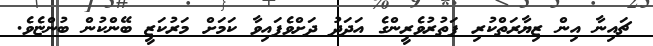
ޗައިނާ އިން ޒިޔާރަތްކުރި ފަތުރުވެރީންގެ އަދަދު ދަށްވެފައިވާ ކަމަށް މަރުކަޒީ ބޭންކުން ބުންޏެވެ.